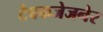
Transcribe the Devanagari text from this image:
टैबकजेजनेर